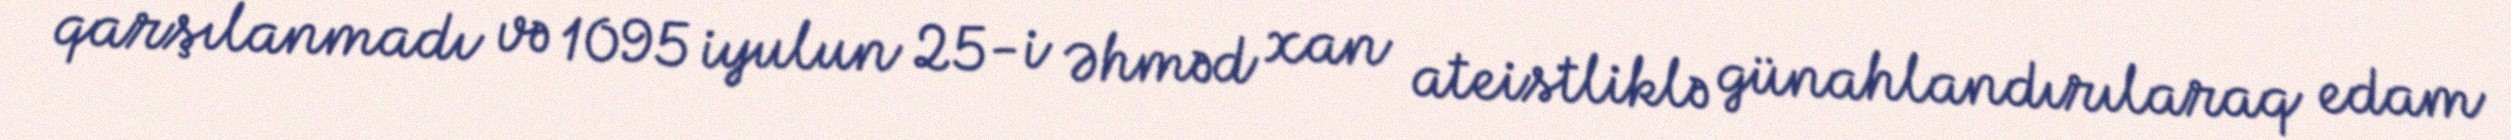
qarşılanmadı və 1095 iyulun 25-i Əhməd xan ateistliklə günahlandırılaraq edam